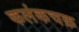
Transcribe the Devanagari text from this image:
कलंकचक्र